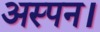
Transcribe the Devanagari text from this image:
अस्पन।